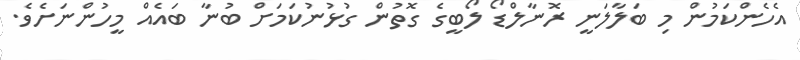
އެހެންކަމުން މި ބަލާލަނީ ރޮނާލްޑޯ ލޯބީގެ ގޮތުން ގުޅުނުކަމަށް ބުނާ ބައެއް މީހުންނަށެވެ.